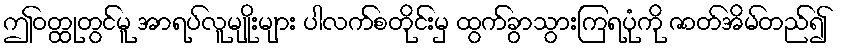
ဤဝတ္ထုတွင်မူ အာရပ်လူမျိုးများ ပါလက်စတိုင်းမှ ထွက်ခွာသွားကြရပုံကို ဇာတ်အိမ်တည်၍